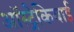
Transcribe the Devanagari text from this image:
ऑस्ट्रेकियाई